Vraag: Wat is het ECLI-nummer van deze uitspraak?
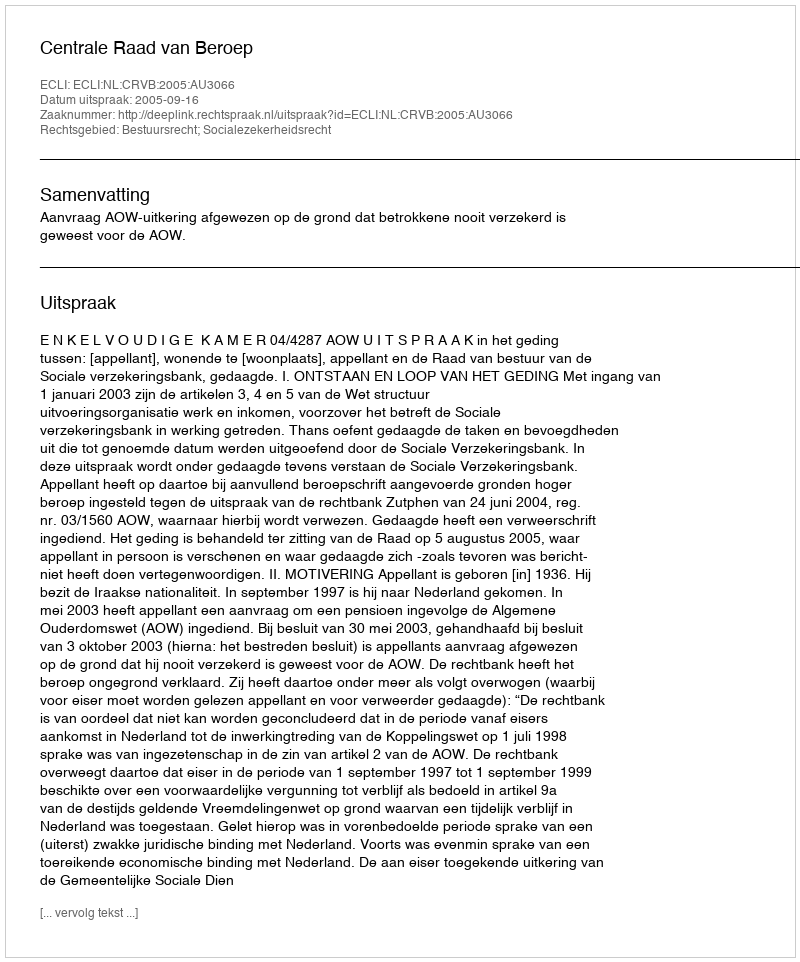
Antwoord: ECLI:NL:CRVB:2005:AU3066